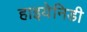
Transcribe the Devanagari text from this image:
हाइयेनिडी